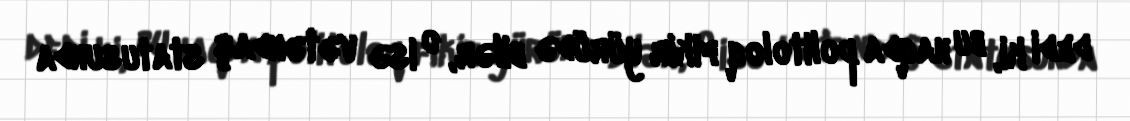
dedi ki, bu haqda politoloq fikir yürüdə bilər, o isə vətəndaş statusunda